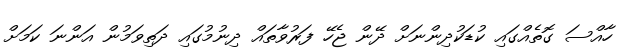
ހާއްސަ ގޮތެއްގައި ކުޑަކުދިންނަށް ދޭން ޖެހޭ ފަރުވާތައް ދިނުމުގައި ދަތިވަމުން އަންނަ ކަމަށް